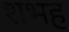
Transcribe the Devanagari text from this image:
शभह